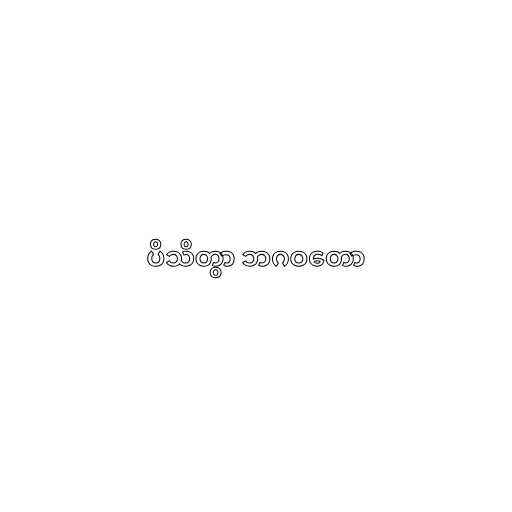
ပိသိတွာ ဘဂဝတော